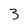
Character: 3